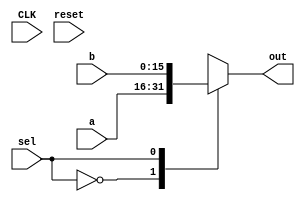
module mux(CLK, reset, a, b, sel, out);
    
    /////////////////////////////////////////////////////////////////////////////////
    // module I/O
    /////////////////////////////////////////////////////////////////////////////////

    input wire CLK;             // clock for ALU
    input wire reset;           // reset, active-high
    input wire [15:0] a, b;      // inputs a,b
    input wire sel;             // selector bit
    output reg [15:0] out;       // output of MUX

    always@(*) begin
        case(sel) 
            0: out <= a;
            1: out <= b;
        endcase
    end

endmodule